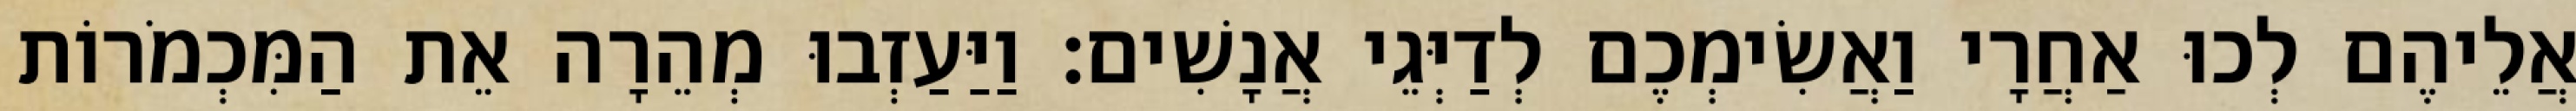
אֲלֵיהֶם לְכוּ אַחֲרָי וַאֲשִׂימְכֶם לְדַיְּגֵי אֲנָשִׁים׃ וַיַּעַזְבוּ מְהֵרָה אֵת הַמִּכְמֹרוֹת